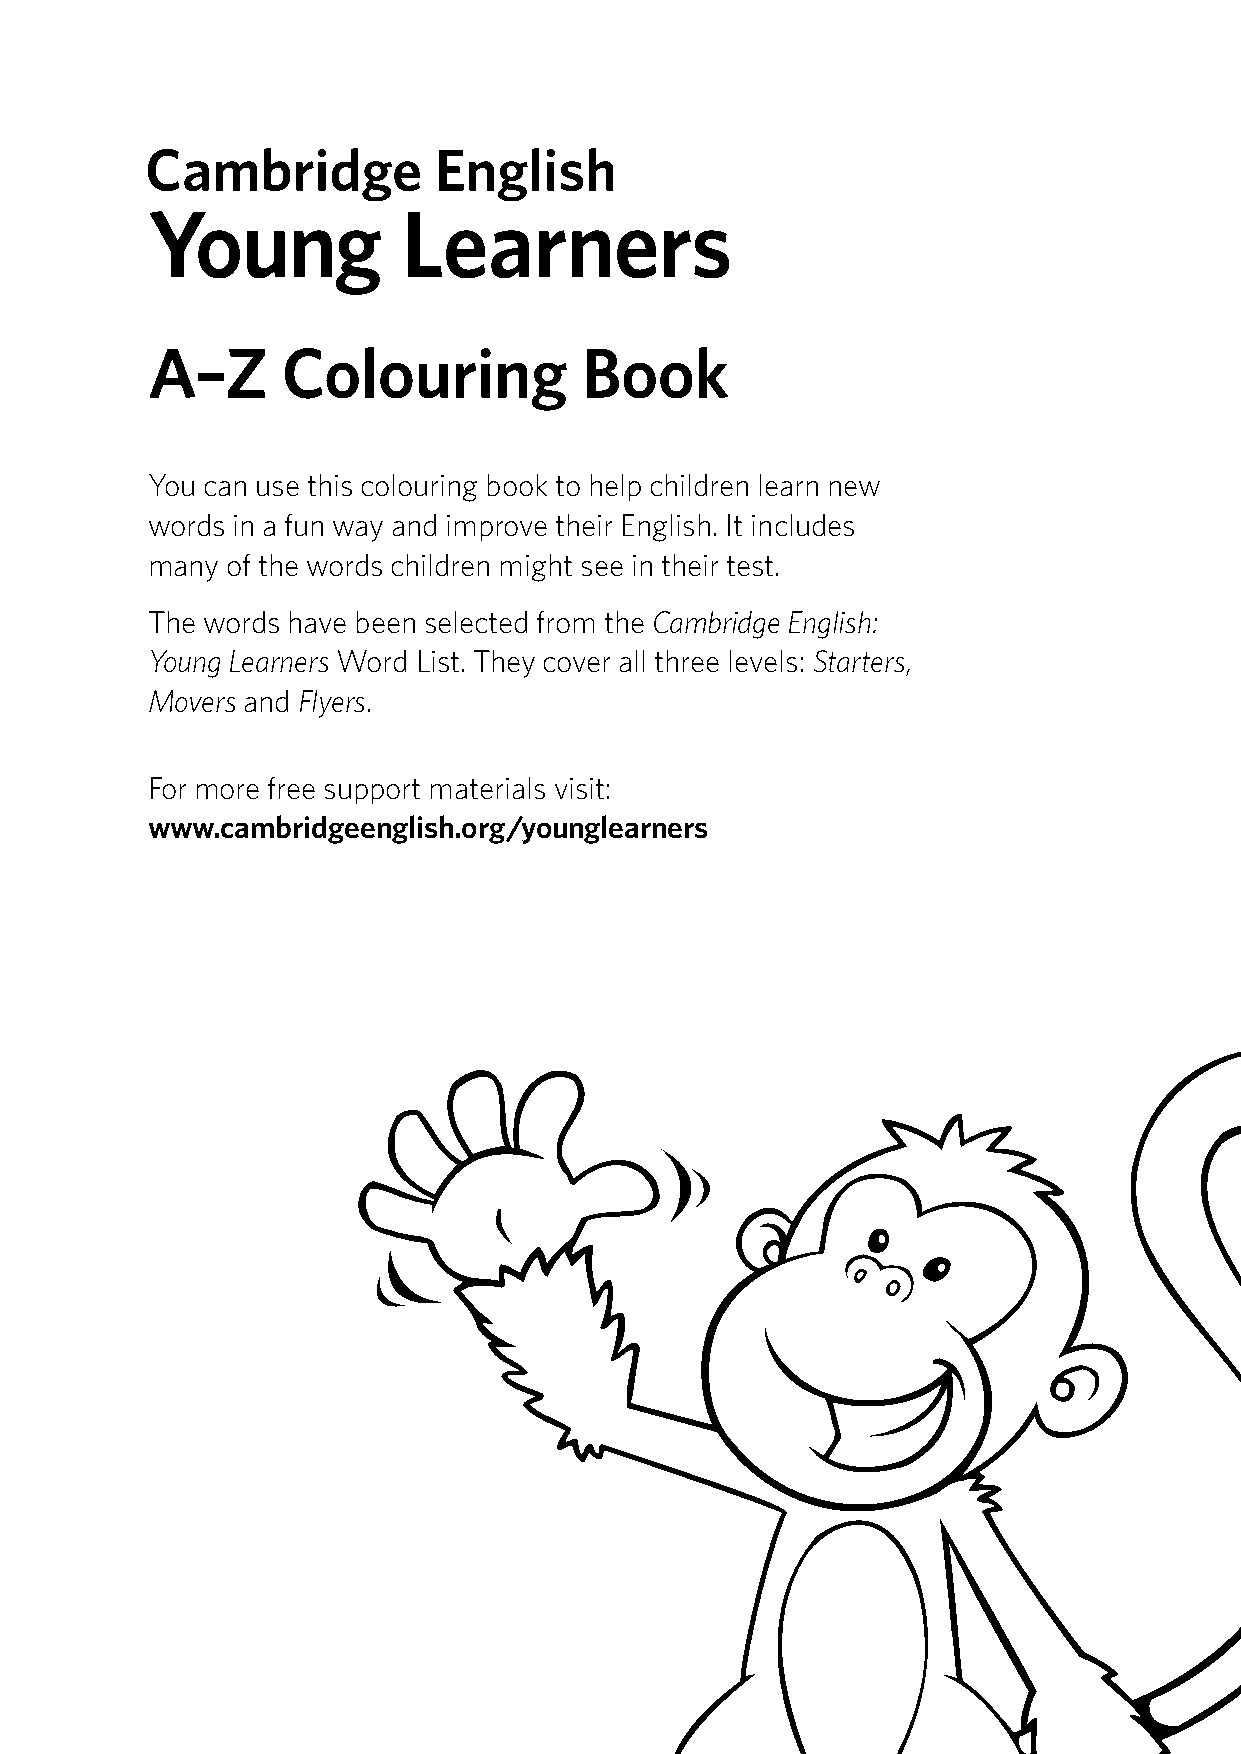
A–Z      Colouring          Book
 You can use this colouring book to help children learn new
 words in a fun way and improve their English. It includes
 many of the words children might see in their test.
 The words have been selected from the Cambridge English:
 Young Learners Word List. They cover all three levels: Starters,
 Movers and Flyers.
 For more free support materials visit:
 www.cambridgeenglish.org/younglearners